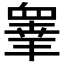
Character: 𭿓